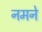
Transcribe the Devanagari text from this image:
नमने